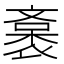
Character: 𧜯